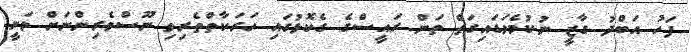
ފަހު އަބްދު ގާޒީ ނުކުމެވަޑައިގަތް ތަން ރައީސްގެ ގެކޮޅުގައި ހަރަކާތްތެރިވި ނޫސްވެރިންނަށް ވަނީ